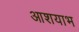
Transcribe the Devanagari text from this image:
आशयाभ